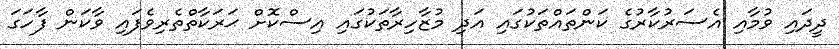
ދީދައި ވުމާއި އެސަރުކާރުގެ ކަންތައްތަކުގައި އަދި މުޒާހިރާތަކުގައި އިސްކޮށް ޙަރަކާތްތެރިވެފައި ވާކަން ފާހަގަ